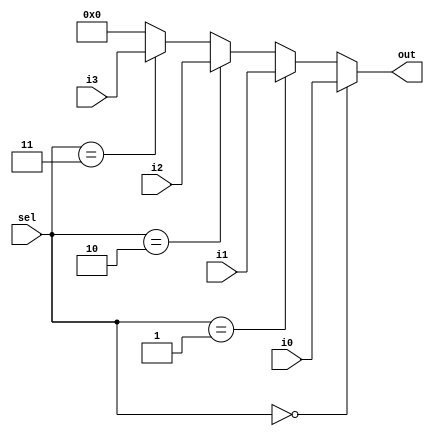
module mux4to1(i0, i1, i2, i3, sel, out);
	input[31:0] i0, i1, i2, i3;
	input[1:0] sel;
	output[31:0] out;
	assign out = (sel==2'b00) ? i0:
			(sel==2'b01) ? i1:
			(sel==2'b10) ? i2:
			(sel==2'b11) ? i3: 0;
endmodule